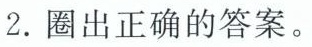
2.圈出正确的答案。